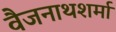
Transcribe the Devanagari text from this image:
वैजनाथशर्मा